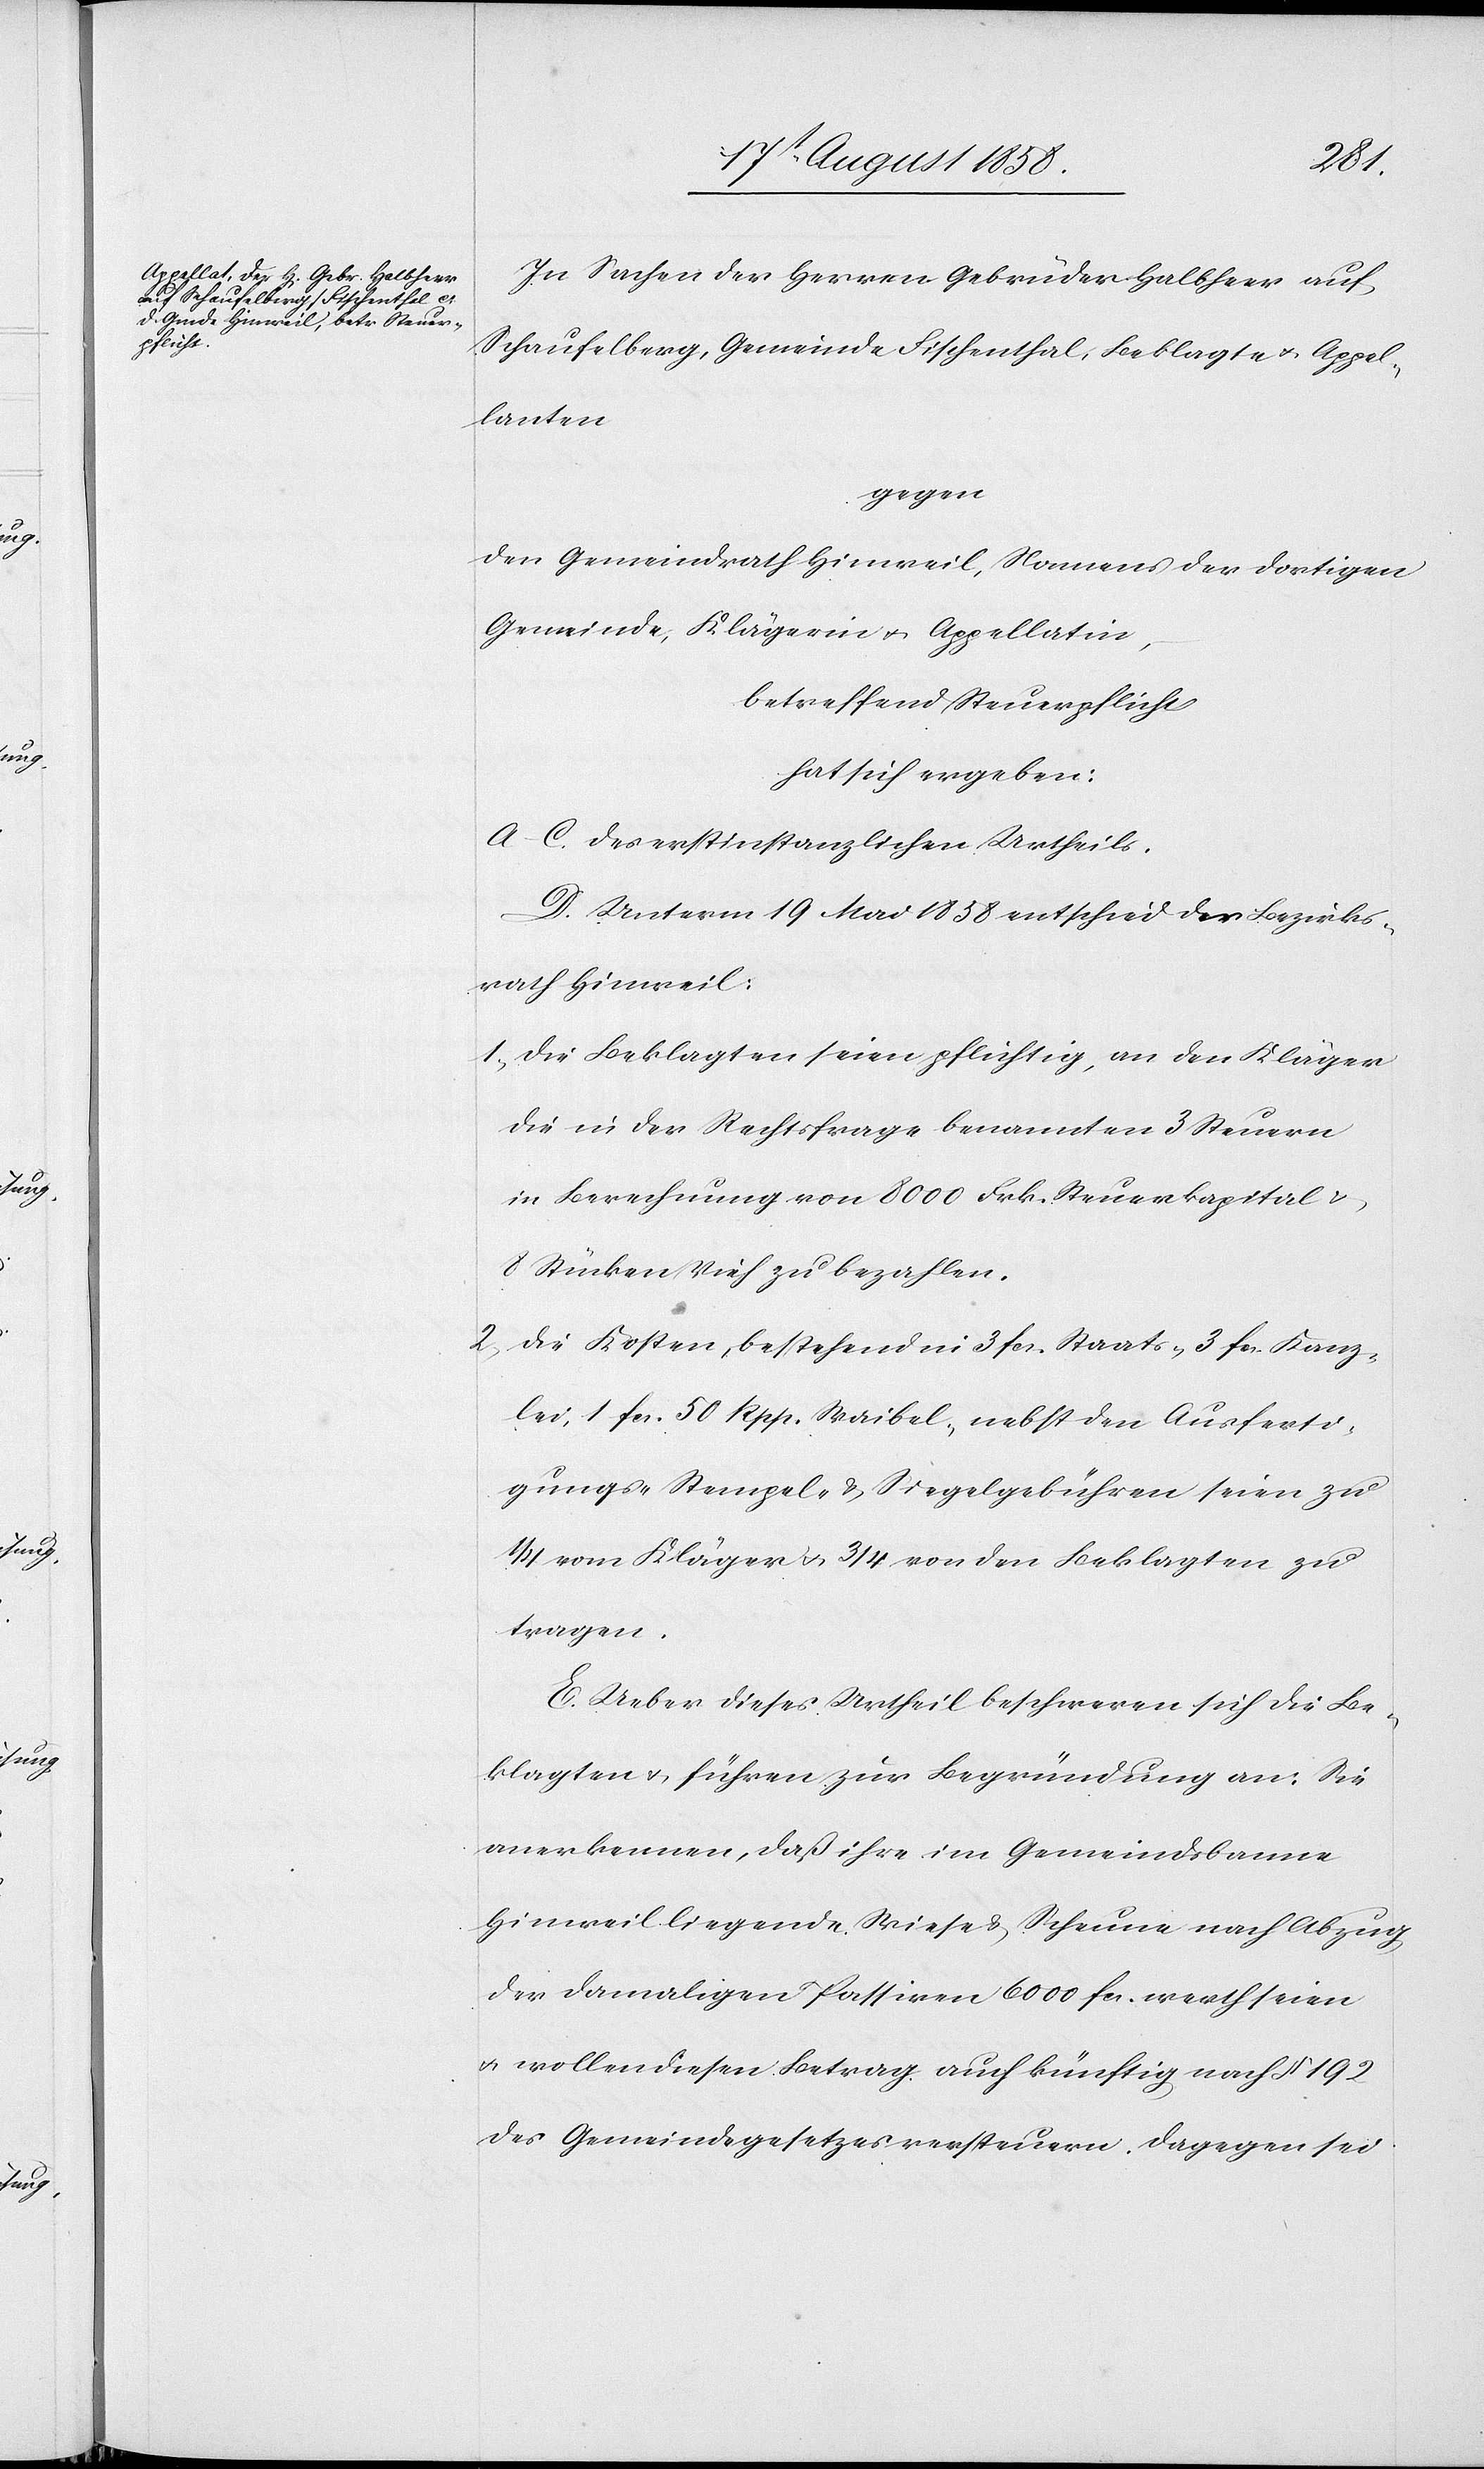
In Sachen der Herren Gebrüder Halbheer auf
Schaufelberg, Gemeinde Fischenthal, Beklagte & Appel¬
lanten
gegen
den Gemeindrath Hinweil, Namens der dortigen
Gemeinde, Klägerin & Appellatin,
betreffend Steuerpflicht
hat sich ergeben:
A–C. Des erstinstanzlichen Urtheils.
D. Unterm 19 Mai 1858 entschied der Bezirks¬
rath Hinweil:
1) Die Beklagten seien pflichtig, an den Kläger
die in der Rechtsfrage benannten 3 Steuern
in Berechnung von 8000 Frk. Steuerkapital &
8 Stücken Vieh zu bezahlen.
2) Die Kosten, bestehend in 3 fcs. Staats-[,] 3 fcs. Kanz¬
lei-[,] 1 fcs. 50 Rpp. Waibel-[,] nebst den Ausferti¬
gungs-[,] Stempel- & Siegelgebühren seien zu
1/4 vom Kläger & 3/4 von den Beklagten zu
tragen.
E. Ueber dieses Urtheil beschweren sich die Be¬
klagten & führen zur Begründung an: Sie
anerkennen, daß ihre im Gemeindsbanne
Hinweil liegende Wiese & Scheune nach Abzug
der damaligen Passiven 6000 fcs. werth seien
& wollen diesen Betrag auch künftig nach § 192
des Gemeindegesetzes versteuern. Dagegen sei